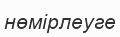
нөмірлеуге